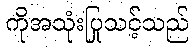
ကိုအသုံးပြုသင့်သည်